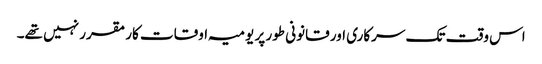
اس وقت تک سرکاری اور قانونی طور پر یومیہ اوقات کار مقرر نہیں تھے۔